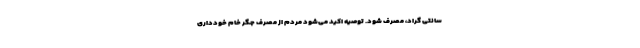
سانتی‌ گراد، مصرف شود. توصیه اکید می‌شود مردم از مصرف جگر خام خودداری